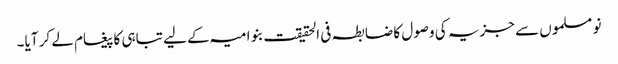
نو مسلموں سے جزیہ کی وصول کا ضابطہ فی الحقیقت بنو امیہ کے لیے تباہی کا پیغام لے کر آیا۔